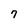
Character: 7